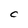
Character: C